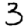
Digit: 3